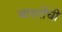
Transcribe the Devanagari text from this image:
चादरींची